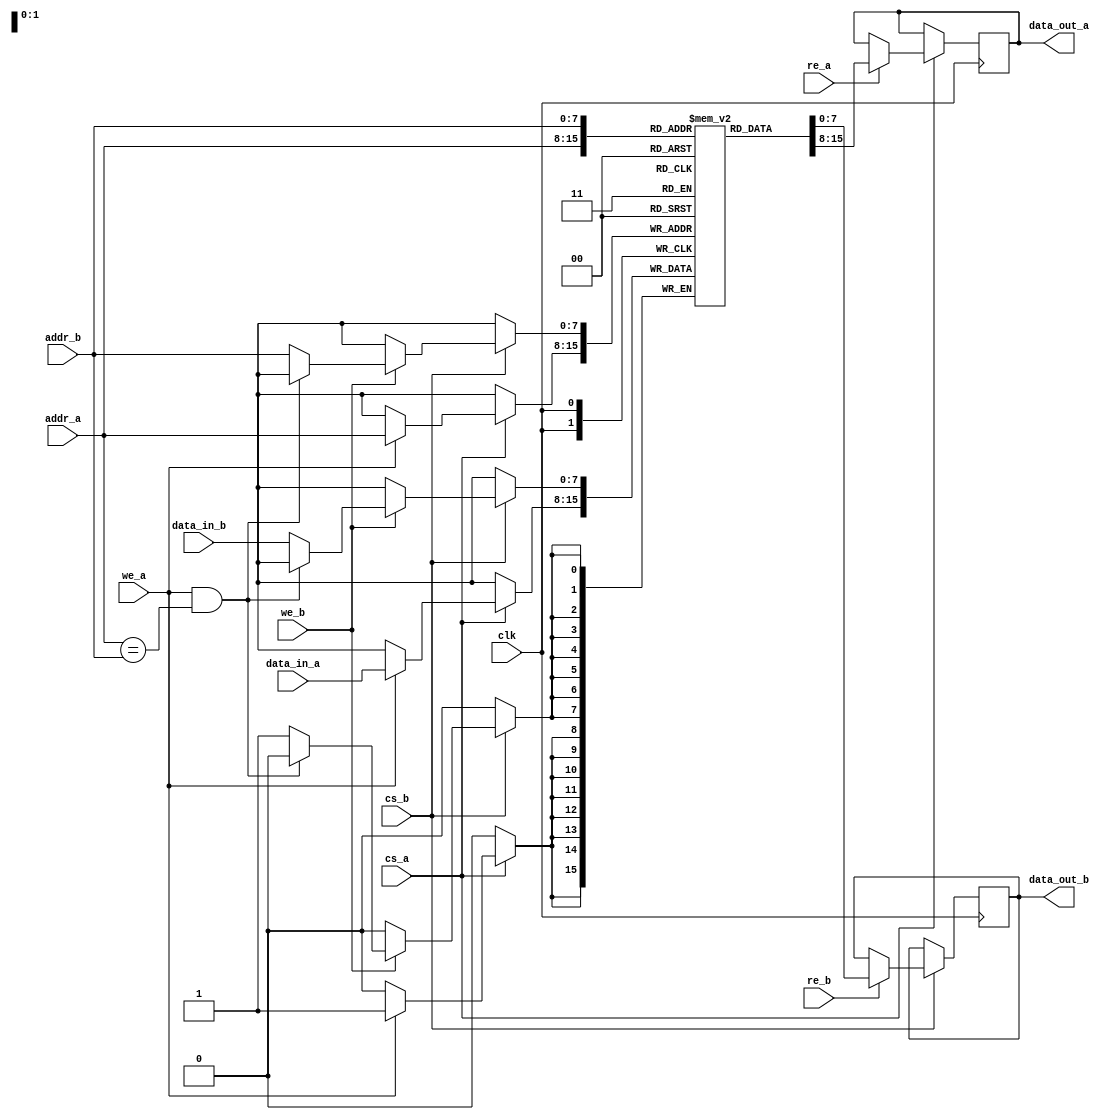
module dual_port_sram #(
    parameter ADDR_WIDTH = 8,  // Address width (up to 256 locations)
    parameter DATA_WIDTH = 8    // Data width (can be parameterized)
)(
    input wire clk,
    input wire cs_a,            // Chip Select for Port A
    input wire we_a,            // Write Enable for Port A
    input wire re_a,            // Read Enable for Port A
    input wire [ADDR_WIDTH-1:0] addr_a,  // Address for Port A
    input wire [DATA_WIDTH-1:0] data_in_a, // Data input for Port A
    output reg [DATA_WIDTH-1:0] data_out_a, // Data output for Port A

    input wire cs_b,            // Chip Select for Port B
    input wire we_b,            // Write Enable for Port B
    input wire re_b,            // Read Enable for Port B
    input wire [ADDR_WIDTH-1:0] addr_b,  // Address for Port B
    input wire [DATA_WIDTH-1:0] data_in_b, // Data input for Port B
    output reg [DATA_WIDTH-1:0] data_out_b  // Data output for Port B
);

    // 2D Memory Array: (2^ADDR_WIDTH) x DATA_WIDTH
    reg [DATA_WIDTH-1:0] mem [0:(1<<ADDR_WIDTH)-1];

    // Handle Port A Operations
    always @(posedge clk) begin
        if (cs_a) begin
            if (we_a) begin
                // Write Operation for Port A
                mem[addr_a] <= data_in_a;
            end
            if (re_a) begin
                // Read Operation for Port A
                data_out_a <= mem[addr_a];
            end
        end
    end

    // Handle Port B Operations
    always @(posedge clk) begin
        if (cs_b) begin
            if (we_b) begin
                // Write Operation for Port B
                // Ensure that Port A is not writing to the same address
                if (!(we_a && (addr_a == addr_b))) begin
                    mem[addr_b] <= data_in_b;
                end
            end
            if (re_b) begin
                // Read Operation for Port B
                data_out_b <= mem[addr_b];
            end
        end
    end

    // Initialization block (optional)
    integer i;
    initial begin
        for (i = 0; i < (1 << ADDR_WIDTH); i = i + 1) begin
            mem[i] = {DATA_WIDTH{1'b0}}; // Initialize memory with zeros
        end
    end

endmodule